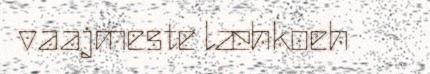
vaajmeste læhkoeh